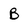
Character: B